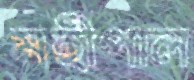
মহীপাল